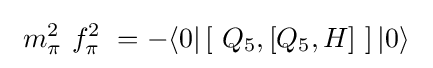
~m_{\mathrm {\pi } }^{2}\ f_{\mathrm {\pi } }^{2}\ =-\langle 0|\left[\ Q_{5},\left[Q_{5},H\right]\ \right]|0\rangle ~